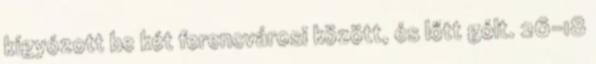
kígyózott be két ferencvárosi között, és lőtt gólt. 26–18